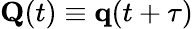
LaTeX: \mathbf{Q}(t)\equiv\mathbf{q}(t+\tau)